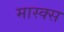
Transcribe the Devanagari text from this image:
मास्क्स